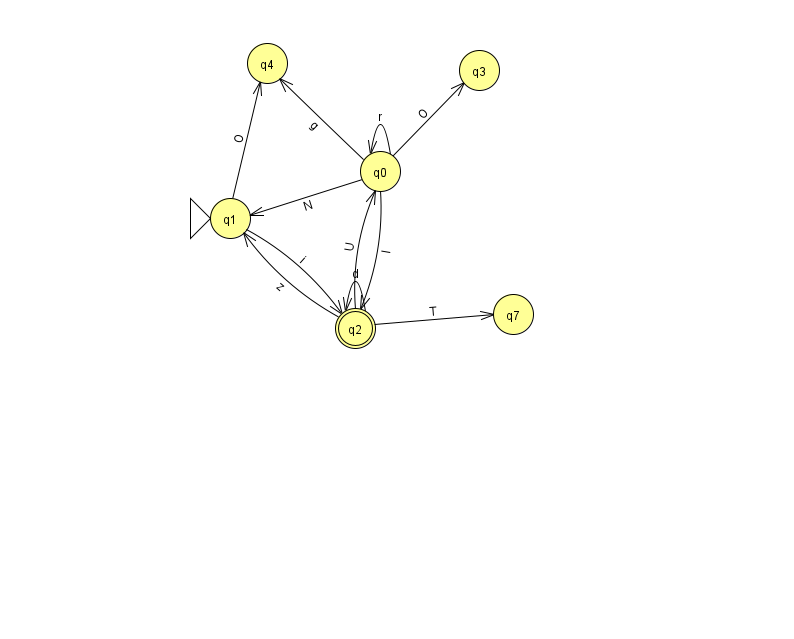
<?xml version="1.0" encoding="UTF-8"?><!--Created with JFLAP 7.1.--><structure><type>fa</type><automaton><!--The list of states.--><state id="0" name="q0"><x>380.0</x><y>158.0</y></state><state id="1" name="q1"><x>230.0</x><y>205.0</y><initial/></state><state id="2" name="q2"><x>355.0</x><y>315.0</y><final/></state><state id="3" name="q3"><x>479.0</x><y>57.0</y></state><state id="4" name="q4"><x>267.0</x><y>50.0</y></state><state id="7" name="q7"><x>513.0</x><y>301.0</y></state><!--The list of transitions.--><transition><from>0</from><to>3</to><read>O</read></transition><transition><from>2</from><to>7</to><read>T</read></transition><transition><from>0</from><to>0</to><read>r</read></transition><transition><from>2</from><to>2</to><read>d</read></transition><transition><from>0</from><to>1</to><read>N</read></transition><transition><from>0</from><to>2</to><read>I</read></transition><transition><from>2</from><to>0</to><read>U</read></transition><transition><from>2</from><to>1</to><read>z</read></transition><transition><from>0</from><to>4</to><read>g</read></transition><transition><from>1</from><to>4</to><read>O</read></transition><transition><from>1</from><to>2</to><read>i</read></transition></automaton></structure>